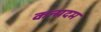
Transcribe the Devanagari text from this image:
कन्मदम